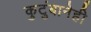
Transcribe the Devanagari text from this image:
कुटुंबानेही